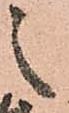
之